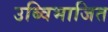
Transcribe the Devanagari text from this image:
उब्विभाजित